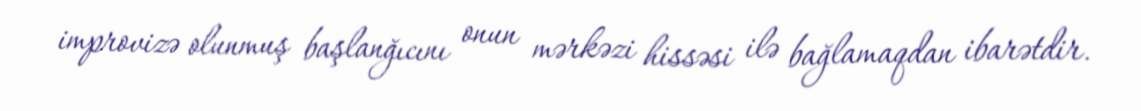
improvizə olunmuş başlanğıcını onun mərkəzi hissəsi ilə bağlamaqdan ibarətdir.